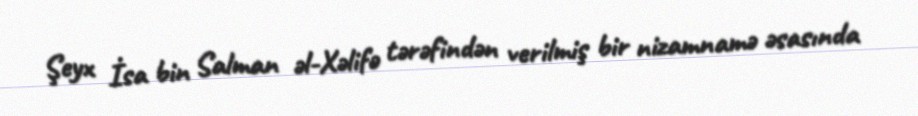
Şeyx İsa bin Salman əl-Xəlifə tərəfindən verilmiş bir nizamnamə əsasında